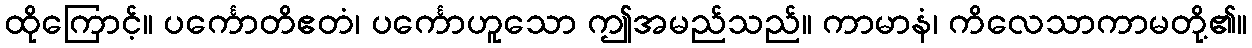
ထိုကြောင့်။ ပင်္ကောတိဧတံ၊ ပင်္ကောဟူသော ဤအမည်သည်။ ကာမာနံ၊ ကိလေသာကာမတို့၏။